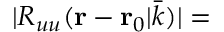
| R _ { u u } ( { \bf { r } } - { { \bf { r } } } _ { 0 } | \bar { k } ) | =